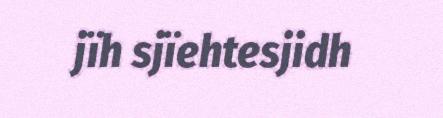
jïh sjïehtesjidh